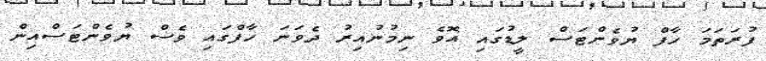
ފުރަތަމަ ހާފް ޔުވެންޓަސް ލީޑުގައި އޮވެ ނިމުނުއިރު ދެވަނަ ހާފްގައި ވެސް ޔުވެންޓަސްއިން